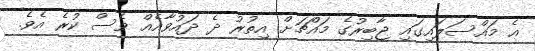
އެ މައްސަލައިގައި ޖާބިރުގެ މައްޗަށް އިތުރު ދެ ދައުވާއެއް ވެސް ކުރެ އެވެ.